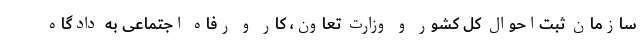
سازمان ثبت‌احوال کل کشور و وزارت تعاون، کار و رفاه اجتماعی به دادگاه